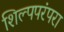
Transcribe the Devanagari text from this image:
शिल्पपरंपरा